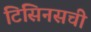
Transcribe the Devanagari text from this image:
टिसिनसची